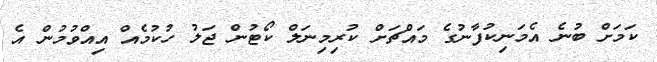
ކަމަށް ބުނެ އެމަނިކުފާނުގެ މައްޗަށް ކުރިމިނަލް ކޯޓުން ޖަލު ހުކުމެއް އިއްވުމުން އެ